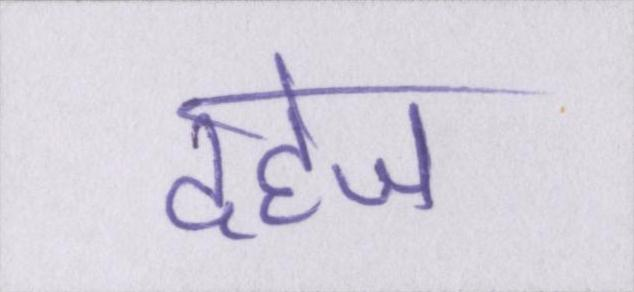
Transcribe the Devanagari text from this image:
दहेज